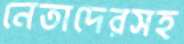
নেতাদেরসহ